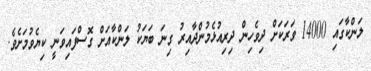
ލަންކާގައި 14000 ވަރަކަށް ދިވެހިން ދިރިއުޅެމުންދާއިރު ގިނަ ބަޔަކު ލަންކާއަށް ގޮސްފައިވަނީ ކިޔެވުމަށެވެ.